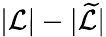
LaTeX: |\mathcal{L}|-|\widetilde{\mathcal{L}}|